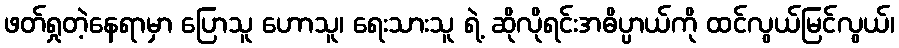
ဖတ်ရှုတဲ့နေရာမှာ ပြောသူ ဟောသူ၊ ရေးသားသူ ရဲ့ ဆိုလိုရင်းအဓိပ္ပာယ်ကို ထင်လွယ်မြင်လွယ်၊